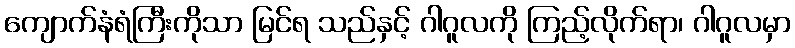
ကျောက်နံရံကြီးကိုသာ မြင်ရ သည်နှင့် ဂါဂူလကို ကြည့်လိုက်ရာ၊ ဂါဂူလမှာ